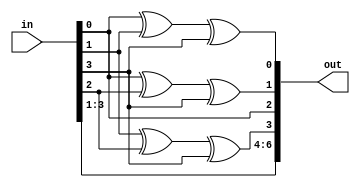
module hm_enc( input wire [3:0] in, output wire[6:0] out);
   assign out[0] = in[0] ^ in[1] ^ in[3];
   assign out[1] = in[0] ^ in[2] ^ in[3];
   assign out[2] = in[0];
   assign out[3] = in[1] ^ in[2] ^ in[3];
   assign out[4] = in[1];
   assign out[5] = in[2];
   assign out[6] = in[3];
endmodule // hm_enc

module hm_dec (
               input [6:0]  recv,
               output [3:0] infoword,
               output [2:0] syndrome
               );
   wire [3:0] systematic = {recv[6], recv[5], recv[4], recv[2]};
   assign syndrome = {
                      recv[0] ^ recv[2] ^ recv[4] ^ recv[6], // A
                      recv[1] ^ recv[2] ^ recv[5] ^ recv[6], // B
                      recv[3] ^ recv[4] ^ recv[5] ^ recv[6]  // C
                      };
   assign infoword = (syndrome == 3'b0) ?  systematic :
                     (syndrome == 3'b110 ) ? {recv[6], recv[5], recv[4], ~recv[2]}:
                     (syndrome == 3'b101 ) ? {recv[6], recv[5], ~recv[4], recv[2]}:
                     (syndrome == 3'b011 ) ? {recv[6], ~recv[5], recv[4], recv[2]}:
                     (syndrome == 3'b111 ) ? {~recv[6], recv[5], recv[4], recv[2]}:
                     systematic; // yeah, best we'll do.
endmodule


module user_module_hamming74
  (
   input wire [7:0]  io_in,
   output wire [7:0] io_out
   );
   wire [6:0]        encoded;
   wire [3:0]        decoded;
   wire [2:0]        syndrome;

   wire [3:0]        info = io_in[3:0];
   wire [6:0]        codeword = io_in[6:0];
   wire              enc_dec = io_in[7];

   hm_enc encoder (.in(info), .out(encoded));
   hm_dec decoder (.recv(codeword), .infoword(decoded), .syndrome(syndrome));

   assign io_out[6:0] = enc_dec ? encoded : {syndrome , decoded};

endmodule // user_module_hm